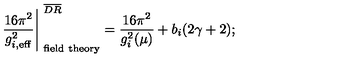
\left. { \frac { 1 6 \pi ^ { 2 } } { g _ { i , \mathrm { e f f } } ^ { 2 } } } \right\vert _ { \mathrm { \ f i e l d \ t h e o r y } } ^ { \ \overline { { D R } } } = \frac { 1 6 \pi ^ { 2 } } { g _ { i } ^ { 2 } ( \mu ) } + b _ { i } ( 2 \gamma + 2 ) ;